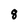
Character: 8